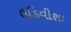
ઉડિવીશા